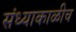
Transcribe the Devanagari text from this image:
संध्याकाळीच